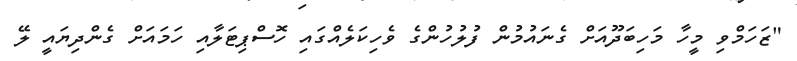
"ޒަހަމްވި މީހާ މަހިބަދޫއަށް ގެނައުމުން ފުލުހުންގެ ވެހިކަލެއްގައި ހޮސްޕިޓަލާއި ހަމައަށް ގެންދިޔައީ ލޭ